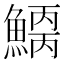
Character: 𩺂